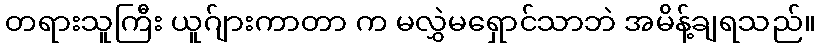
တရားသူကြီး ယူဂ်ျားကာတာ က မလွှဲမရှောင်သာဘဲ အမိန့်ချရသည်။